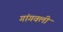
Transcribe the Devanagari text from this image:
गांगवली